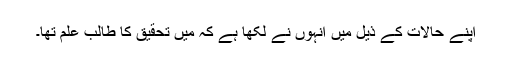
اپنے حالات کے ذیل میں انہوں نے لکھا ہے کہ میں تحقیق کا طالب علم تھا۔